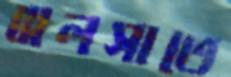
ঝলসাতে